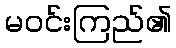
မဝင်းကြည်၏